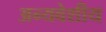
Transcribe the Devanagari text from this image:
अन्यवेशीय